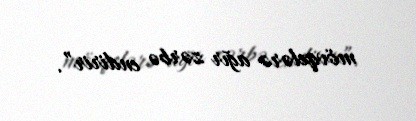
mövqelərə ağır zərbə endirir”.